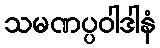
သမဏပ္ပဝါဒါနံ